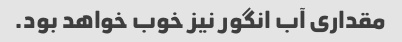
مقداری آب انگور نیز خوب خواهد بود.